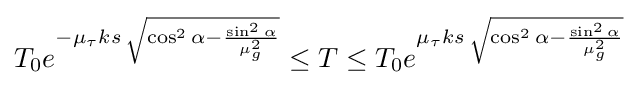
T_{0}e^{-\mu _{\tau }ks\,{\sqrt {\cos ^{2}\alpha -{\frac {\sin ^{2}\alpha }{\mu _{g}^{2}}}}}}\leq T\leq T_{0}e^{\mu _{\tau }ks\,{\sqrt {\cos ^{2}\alpha -{\frac {\sin ^{2}\alpha }{\mu _{g}^{2}}}}}}